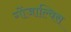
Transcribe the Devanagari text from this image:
गोंजाल्विस